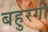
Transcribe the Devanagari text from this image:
बहुरगी